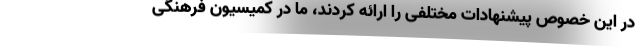
در این خصوص پیشنهادات مختلفی را ارائه کردند، ما در کمیسیون فرهنگی